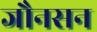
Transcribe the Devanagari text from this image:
जौनसन